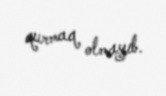
qurmaq olmayıb.